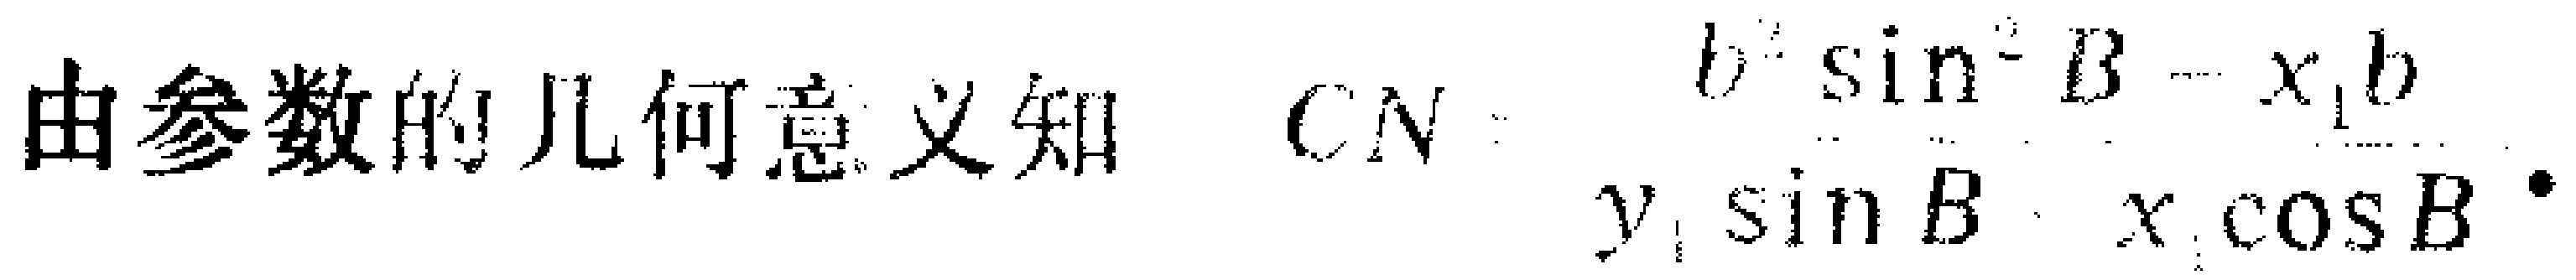
由参数的几何意义知 \(CN=\frac{b^{2}\sin^{2}B - x_{1}b}{y_{1}\sin B - x_{1}\cos B}\) 。